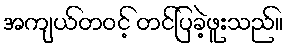
အကျယ်တဝင့် တင်ပြခဲ့ဖူးသည်။